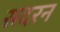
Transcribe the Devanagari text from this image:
सदरन